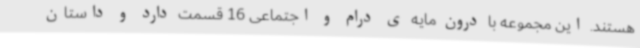
هستند. این مجموعه با درون مایه ی درام و اجتماعی 16 قسمت دارد و داستان